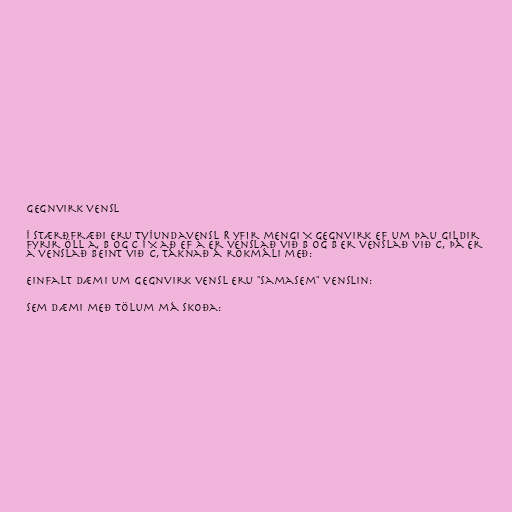
Gegnvirk vensl

Í stærðfræði eru tvíundavensl R yfir mengi X gegnvirk ef um þau gildir
fyrir öll a, b og c í X að ef a er venslað við b og b er venslað við c, þá er
a venslað beint við c, táknað á rökmáli með:

Einfalt dæmi um gegnvirk vensl eru "samasem" venslin:

Sem dæmi með tölum má skoða: